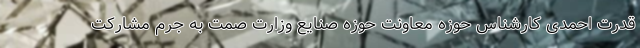
قدرت احمدی کارشناس حوزه معاونت حوزه صنایع وزارت صمت به جرم مشارکت